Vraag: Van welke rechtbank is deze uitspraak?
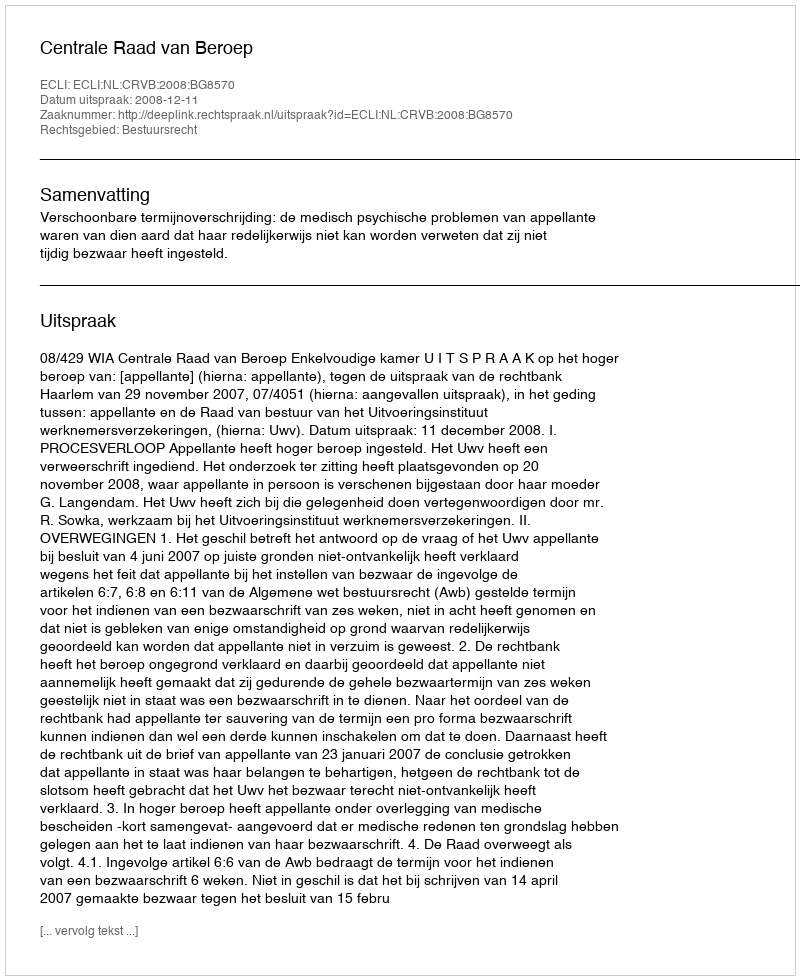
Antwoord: Centrale Raad van Beroep